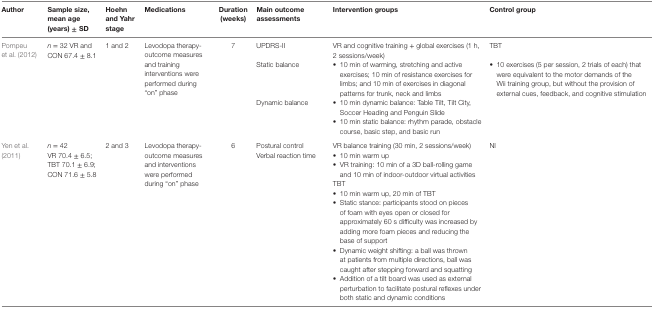
<table><thead><tr><td><b>Author</b></td><td><b>Sample size, mean age (years) ± SD</b></td><td><b>Hoehn and Yahr stage</b></td><td><b>Medications</b></td><td><b>Duration (weeks)</b></td><td><b>Main outcome assessments</b></td><td><b>Intervention groups</b></td><td><b>Control group</b></td></tr></thead><tbody><tr><td rowspan="4">Pompeu et al. (2012)</td><td rowspan="4"><i>n</i> = 32 VR and CON 67.4 ± 8.1</td><td rowspan="4">1 and 2</td><td rowspan="4">Levodopa therapy-outcome measures and training interventions were performed during “on” phase</td><td rowspan="4">7</td><td>UPDRS-II</td><td>VR and cognitive training + global exercises (1 h, 2 sessions/week)</td><td>TBT</td></tr><tr><td>Static balance</td><td>• 10 min of warming, stretching and active exercises; 10 min of resistance exercises for limbs; and 10 min of exercises in diagonal patterns for trunk, neck and limbs</td><td>• 10 exercises (5 per session, 2 trials of each) that were equivalent to the motor demands of the Wii training group, but without the provision of external cues, feedback, and cognitive stimulation</td></tr><tr><td>Dynamic balance</td><td>• 10 min dynamic balance: Table Tilt, Tilt City, Soccer Heading and Penguin Slide</td><td></td></tr><tr><td></td><td>• 10 min static balance: rhythm parade, obstacle course, basic step, and basic run</td><td></td></tr><tr><td rowspan="8">Yen et al. (2011)</td><td rowspan="8"><i>n</i> = 42 VR 70.4 ± 6.5; TBT 70.1 ± 6.9; CON 71.6 ± 5.8</td><td rowspan="8">2 and 3</td><td rowspan="8">Levodopa therapy-outcome measures and interventions were performed during “on” phase</td><td rowspan="8">6</td><td>Postural control</td><td>VR balance training (30 min, 2 sessions/week)</td><td rowspan="8">NI</td></tr><tr><td>Verbal reaction time</td><td>• 10 min warm up</td></tr><tr><td></td><td>• VR training: 10 min of a 3D ball-rolling game and 10 min of indoor-outdoor virtual activities</td></tr><tr><td></td><td>TBT</td></tr><tr><td></td><td>• 10 min warm up, 20 min of TBT</td></tr><tr><td></td><td>• Static stance: participants stood on pieces of foam with eyes open or closed for approximately 60 s difficulty was increased by adding more foam pieces and reducing the base of support</td></tr><tr><td></td><td>• Dynamic weight shifting: a ball was thrown at patients from multiple directions, ball was caught after stepping forward and squatting</td></tr><tr><td></td><td>• Addition of a tilt board was used as external perturbation to facilitate postural reflexes under both static and dynamic conditions</td></tr></tbody></table>